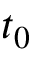
t _ { 0 }